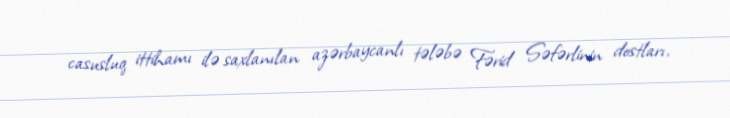
casusluq ittihamı ilə saxlanılan azərbaycanlı tələbə Fərid Səfərlinin dostları,